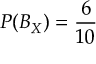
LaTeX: P ( B _ { X } ) = { \frac { 6 } { 1 0 } }